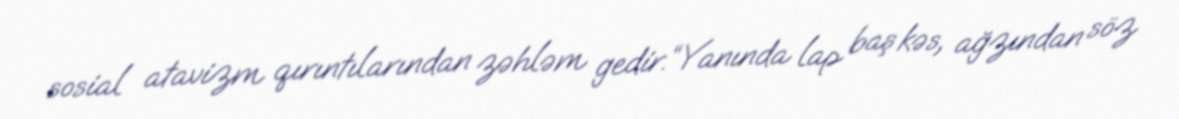
sosial atavizm qırıntılarından zəhləm gedir.“Yanında lap baş kəs, ağzından söz